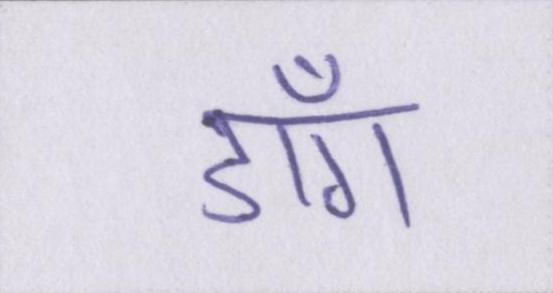
डाँग